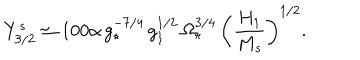
Y _ { 3 / 2 } ^ { s } \simeq 1 0 0 \alpha \, g _ { \star } ^ { - 7 / 4 } \, g _ { 1 } ^ { 1 / 2 } \, \Omega _ { r } ^ { 3 / 4 } \, \left( \frac { H _ { 1 } } { M _ { s } } \right) ^ { 1 / 2 } .